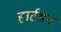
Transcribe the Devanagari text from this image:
हार्टमन